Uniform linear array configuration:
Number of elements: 4
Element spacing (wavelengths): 0.25
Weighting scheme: exponential
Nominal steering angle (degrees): -45
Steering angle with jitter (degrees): -45.311
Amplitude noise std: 0.05
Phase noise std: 0.05

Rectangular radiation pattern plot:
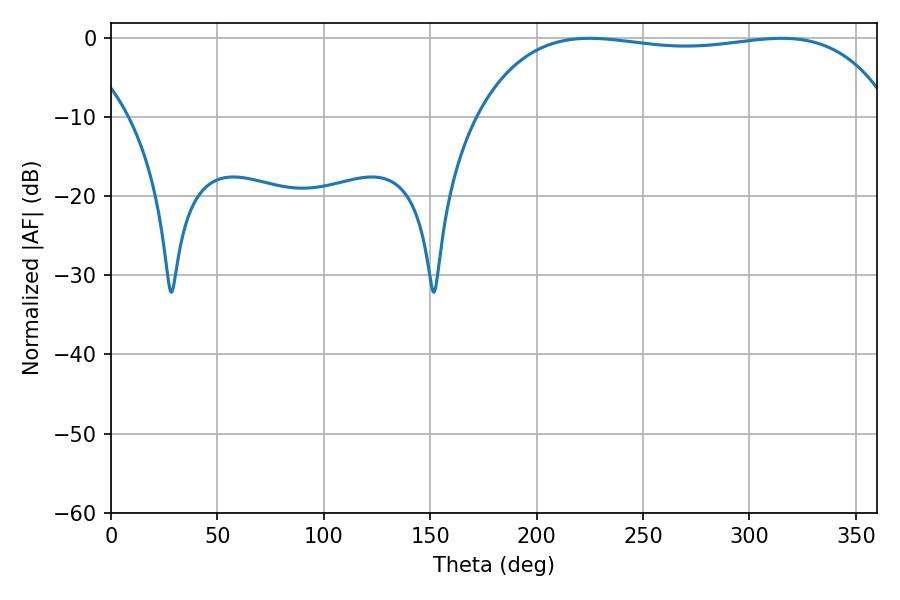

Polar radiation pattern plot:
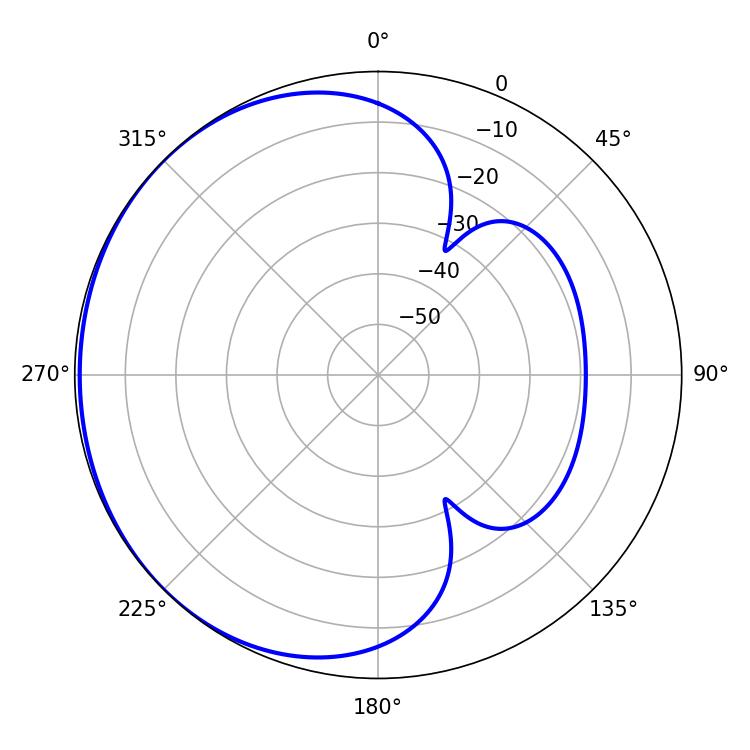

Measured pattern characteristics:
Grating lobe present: FALSE
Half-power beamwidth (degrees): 156.96
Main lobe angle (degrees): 224.82